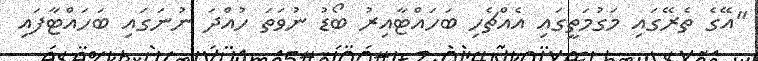
"އޭގެ ތެރޭގައި މަގުމަތީގައި އެއްޗެހި ބަަހައްޓާއިރު ބޯޑު ނުވަތަ ހުއްދަ ނުނަގައި ބަހައްޓާފައި